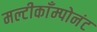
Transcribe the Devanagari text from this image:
मल्टीकाँम्पोनंट